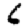
Digit: 6